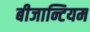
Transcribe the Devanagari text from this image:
बीजान्टियम